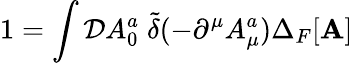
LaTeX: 1=\int{\cal D}A_{0}^{a}\; {\widetilde{\delta}}(-\partial^{\mu}A_{\mu}^{a})\Delta_{F}[{\mathbf A}]